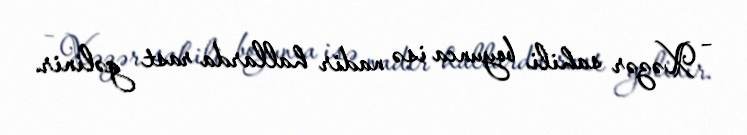
– Xəzər sahili boyunca isə nadir hallarda rast gəlinir.